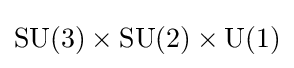
{\text{SU}}(3)\times {\text{SU}}(2)\times {\text{U}}(1)